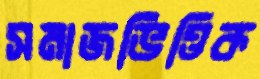
সমাজভিত্তিক